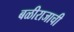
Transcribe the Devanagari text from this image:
बळीराजाची